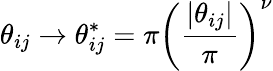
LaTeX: \theta_{ij}\xrightarrow[]{}\theta_{ij}^{*}=\pi\left(\frac{|\theta_{ij}|}{\pi}\right)^{\nu}